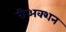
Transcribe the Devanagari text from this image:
रीअक्शन